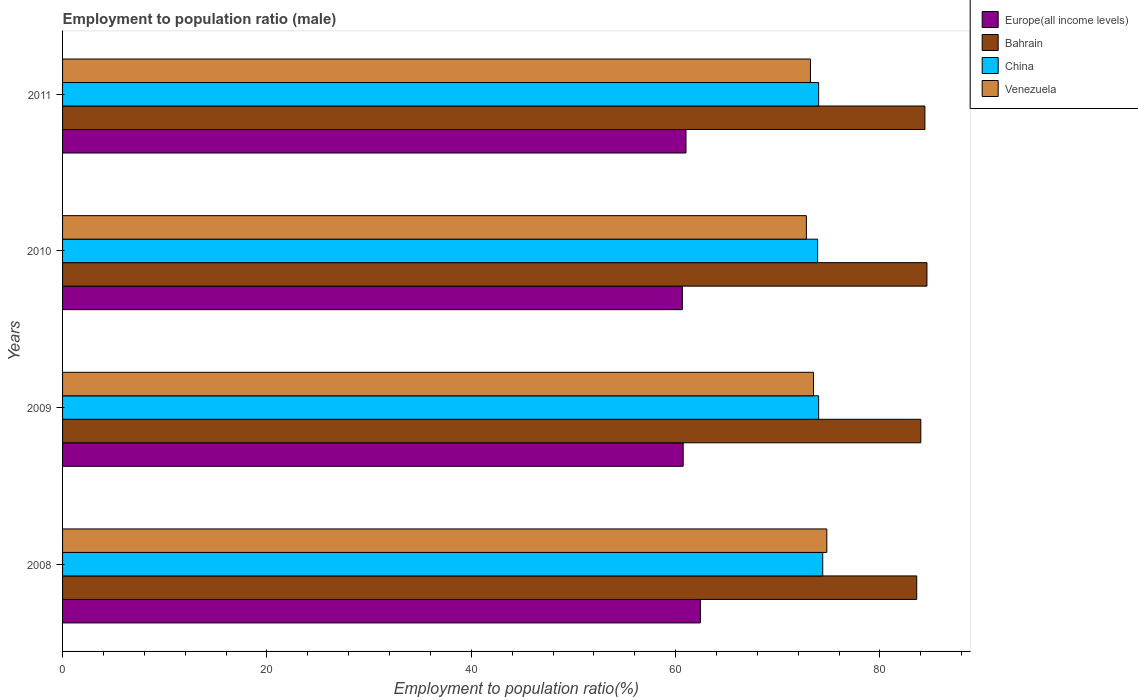
| Years | Europe(all income levels) | Bahrain | China | Venezuela |
 | --- | --- | --- | --- | --- |
 | 2008 | 62.4 | 83.6 | 74.4 | 74.8 |
 | 2009 | 60.7 | 84 | 74 | 73.5 |
 | 2010 | 60.7 | 84.6 | 73.9 | 72.8 |
 | 2011 | 61 | 84.4 | 74 | 73.2 |